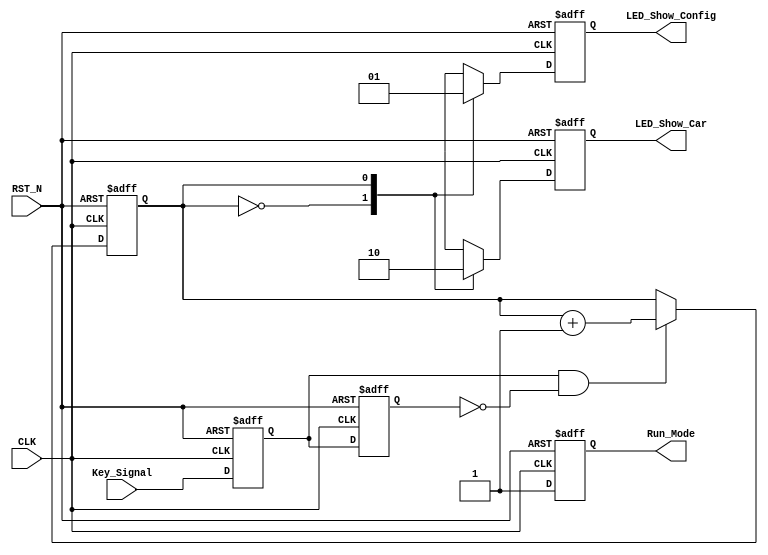
module Key_Detect_Mode(
	input wire CLK,
	input wire RST_N,
	input wire Key_Signal,

	output reg 		 Run_Mode,
	output reg 		 LED_Show_Config,
	output reg	     LED_Show_Car
	);

localparam Config_Weight = 1'd0;
localparam CarPlatter_TEST = 1'd1;

wire Key_Signal_Posedge;
reg  Key_Signal_int,Key_Signal_delay;
reg  Mode_Count;

assign Key_Signal_Posedge = Key_Signal_int & ~Key_Signal_delay;

always@(posedge CLK or negedge RST_N)begin
	if(!RST_N)begin
		Key_Signal_int <= 1;
		Key_Signal_delay <= 1;
	end
	else begin
		Key_Signal_int <= Key_Signal;
		Key_Signal_delay <= Key_Signal_int;
	end
end

always@(posedge CLK or negedge RST_N)begin
	if(!RST_N)begin
		Mode_Count <= 0;
	end
	else if(Key_Signal_Posedge)begin
		Mode_Count <= Mode_Count + 1;
	end
	else begin
		Mode_Count <= Mode_Count;
	end
end

always@(posedge CLK or negedge RST_N)begin
	if(!RST_N)begin
		Run_Mode <= Config_Weight;
		LED_Show_Config <= 1;
		LED_Show_Car   <= 0;
	end
	else begin
		case(Mode_Count)
			0:		begin 
				`ifdef JUST_for_SIMULATION
					Run_Mode <= Config_Weight;     
				`else
					Run_Mode <= CarPlatter_TEST; 
				`endif
				LED_Show_Config <= 0;LED_Show_Car <= 1;
			end
			1:		begin Run_Mode <= CarPlatter_TEST;	 LED_Show_Config <= 1;LED_Show_Car <= 0;end
			// 2:		begin Run_Mode <= Config_Weight;     LED_Show_Config <= 1;LED_Show_Car <= 0;end
			// 3:		begin Run_Mode <= CarPlatter_TEST;LED_Show_Config <= 0;LED_Show_Car <= 1;end
			default:
					begin Run_Mode <= Config_Weight;     LED_Show_Config <= 1;LED_Show_Car <= 0;end
		endcase
	end
end

endmodule